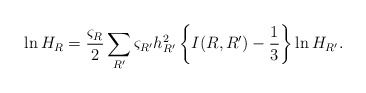
\begin{align*}\ln H_R=\frac{\varsigma_R}{2}\sum_{R'}\varsigma_{R'}h_{R'}^2 \left\{ I(R,R')-\frac{1}{3} \right\}\ln H_{R'}.\end{align*}